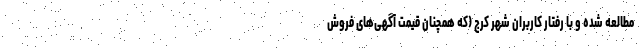
مطالعه شده و با رفتار کاربران شهر کرج (که همچنان قیمت آگهی‌های فروش